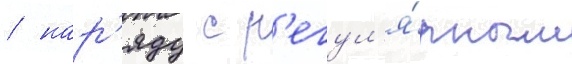
/ нар'яду с р'егул'я́рным